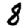
Digit: 8